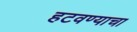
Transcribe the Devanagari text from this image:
हटवण्याचा